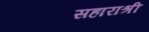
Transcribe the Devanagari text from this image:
सहाराश्री